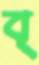
ব্